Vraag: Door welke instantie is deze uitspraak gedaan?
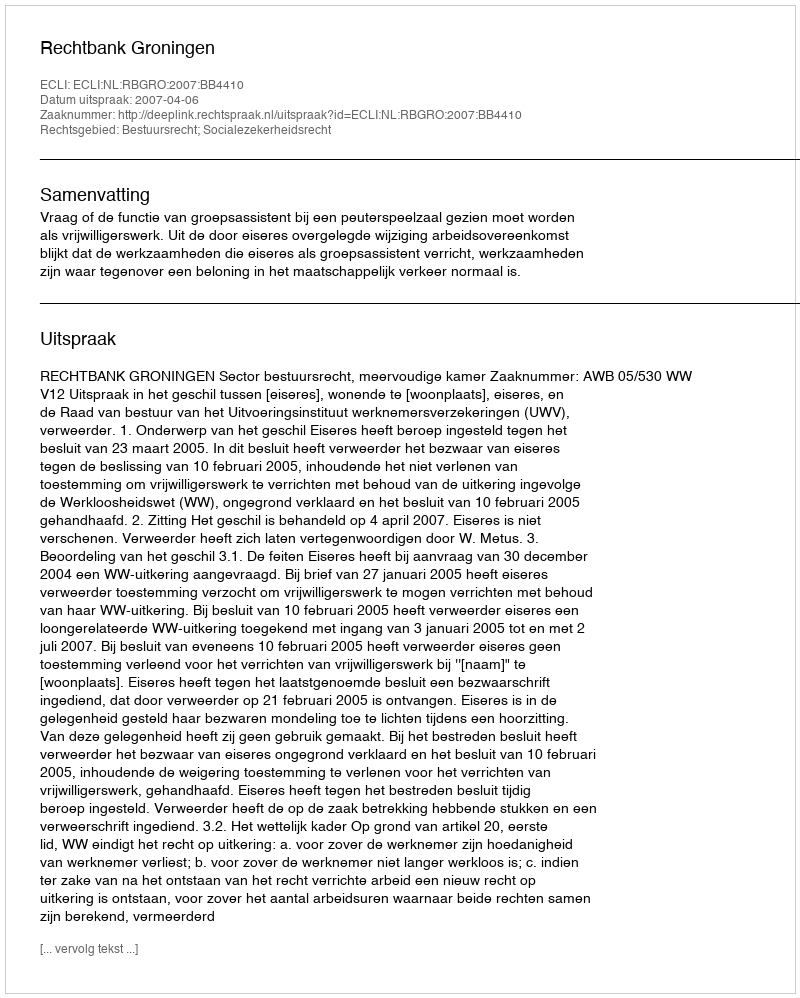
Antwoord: Rechtbank Groningen